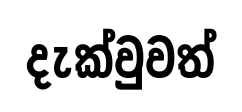
දැක්වුවත්